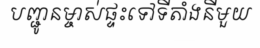
បញ្ជូនម្ចាស់ផ្ទះទៅទីតាំងនីមួយ